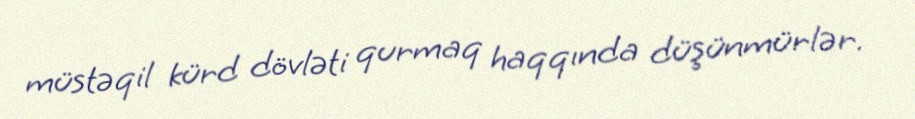
müstəqil kürd dövləti qurmaq haqqında düşünmürlər.